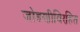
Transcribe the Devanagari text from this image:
जोडणीविरहित